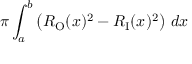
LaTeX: \pi \int _ { a } ^ { b } \left( R _ { \mathrm { O } } ( x ) ^ { 2 } - R _ { \mathrm { I } } ( x ) ^ { 2 } \right) \, d x